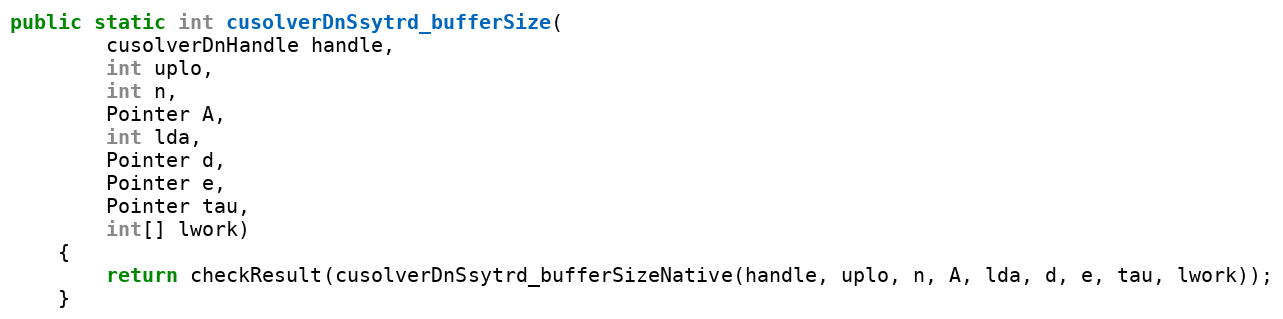
Language: Java
public static int cusolverDnSsytrd_bufferSize(
        cusolverDnHandle handle,
        int uplo,
        int n,
        Pointer A,
        int lda,
        Pointer d,
        Pointer e,
        Pointer tau,
        int[] lwork)
    {
        return checkResult(cusolverDnSsytrd_bufferSizeNative(handle, uplo, n, A, lda, d, e, tau, lwork));
    }